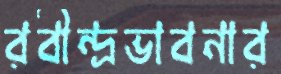
রবীন্দ্রভাবনার